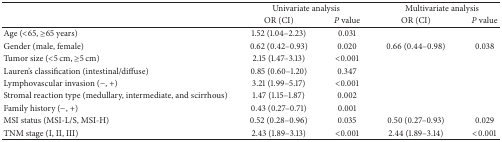
<table><thead><tr><td><b> </b></td><td colspan="2"><b>Univariate analysis</b></td><td colspan="2"><b>Multivariate analysis</b></td></tr><tr><td><b> </b></td><td><b>OR (CI)</b></td><td><b><i>P</i> value</b></td><td><b>OR (CI)</b></td><td><b><i>P</i> value</b></td></tr></thead><tbody><tr><td>Age (&lt;65, ≥65 years)</td><td>1.52 (1.04–2.23)</td><td>0.031</td><td> </td><td> </td></tr><tr><td>Gender (male, female)</td><td>0.62 (0.42–0.93)</td><td>0.020</td><td>0.66 (0.44–0.98)</td><td>0.038</td></tr><tr><td>Tumor size (&lt;5 cm, ≥5 cm)</td><td>2.15 (1.47–3.13)</td><td>&lt;0.001</td><td> </td><td> </td></tr><tr><td>Lauren&#x27;s classification (intestinal/diffuse)</td><td>0.85 (0.60–1.20)</td><td>0.347</td><td> </td><td> </td></tr><tr><td>Lymphovascular invasion (−, +)</td><td>3.21 (1.99–5.17)</td><td>&lt;0.001</td><td> </td><td> </td></tr><tr><td>Stromal reaction type (medullary, intermediate, and scirrhous)</td><td>1.47 (1.15–1.87)</td><td>0.002</td><td> </td><td> </td></tr><tr><td>Family history (−, +)</td><td>0.43 (0.27–0.71)</td><td>0.001</td><td> </td><td> </td></tr><tr><td>MSI status (MSI-L/S, MSI-H)</td><td>0.52 (0.28–0.96)</td><td>0.035</td><td>0.50 (0.27–0.93)</td><td>0.029</td></tr><tr><td>TNM stage (I, II, III)</td><td>2.43 (1.89–3.13)</td><td>&lt;0.001</td><td>2.44 (1.89–3.14)</td><td>&lt;0.001</td></tr></tbody></table>